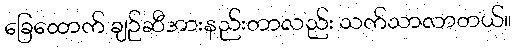
ခြေထောက် ချဉ်ဆီအားနည်းတာလည်း သက်သာလာတယ်။